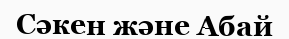
Сәкен және Абай